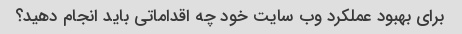
برای بهبود عملکرد وب سایت خود چه اقداماتی باید انجام دهید؟